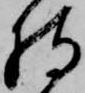
持